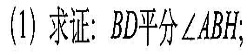
()求证：BD平分∠ABH；